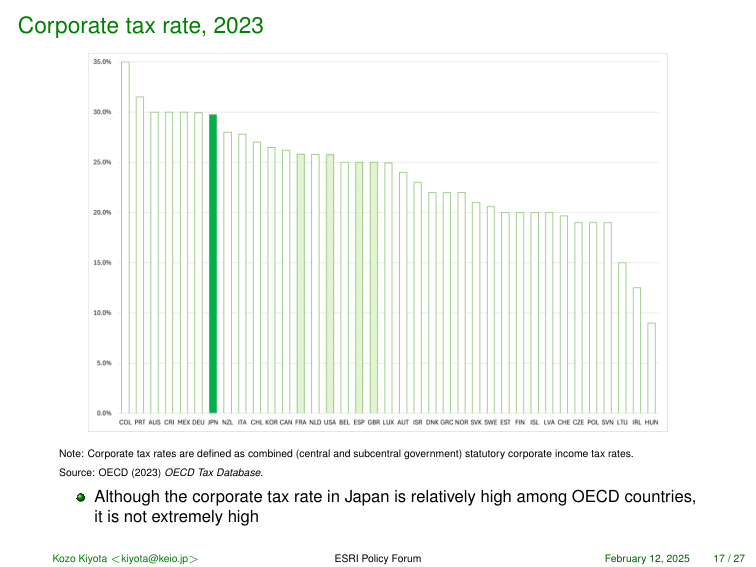
Corporate tax rate, 2023

35.0%
30.0%
25.0%
20.0%
15.0%
10.0%
5.0%
0.0%

COL PRY AUS CRI MEX DEU JPN NZL ITA CHL KOR CAN FRA NLD USA BEL ESP GBR LUX AUT ISR DNK GRC NOR SVK SWE EST FIN SLO LVA CHE CZE POL SVN LTU IRL HUN

Note: Corporate tax rates are defined as combined (central and subcentral government) statutory corporate income tax rates.
Source: OECD (2023) OECD Tax Database.

• Although the corporate tax rate in Japan is relatively high among OECD countries, it is not extremely high

Kozo Kiyota <kiyota@keio.jp> ESRI Policy Forum February 12, 2025 17 / 27